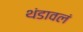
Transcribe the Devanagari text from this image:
थंडावलं